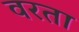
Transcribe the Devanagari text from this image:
वरता